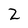
Character: 2